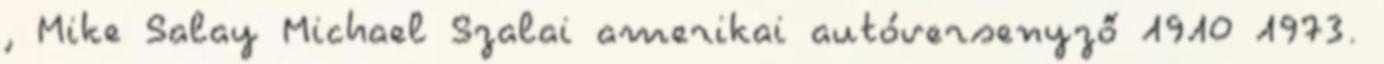
, Mike Salay Michael Szalai amerikai autóversenyző 1910 1973.